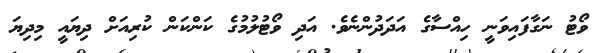
ވޯޓު ނަގާފައިވަނީ ހިއްސާގެ އަދަދުންނެވެ. އަދި ވޯޓުލުމުގެ ކަންކަން ކުރިއަށް ދިޔައީ މިދިޔަ